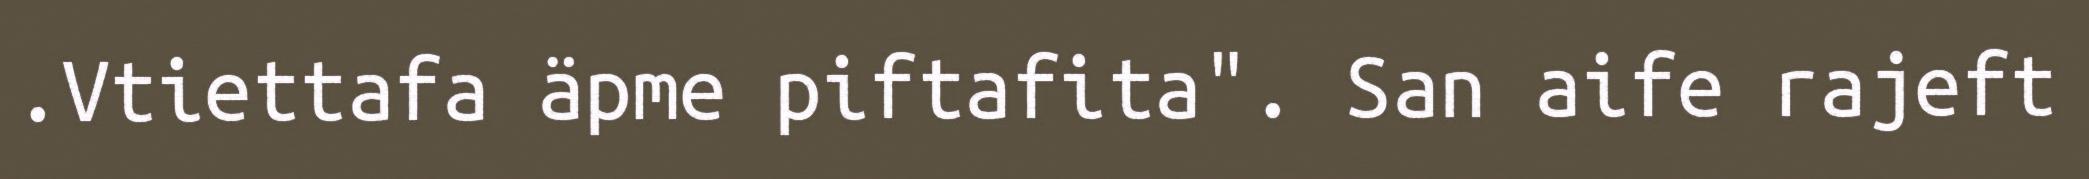
.Vtiettafa äpme piftafita". San aife rajeft